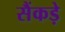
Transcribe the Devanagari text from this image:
सैंकड़े